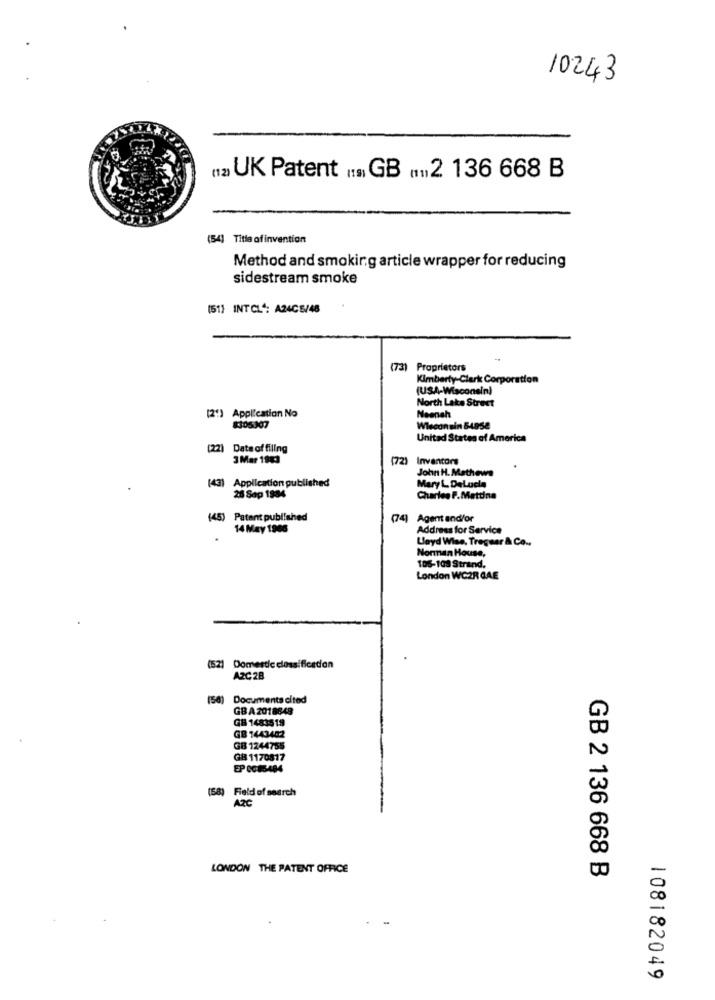
10243
12 UK Patent .... GB 12 136 668 B
(54) Title ofinvention
Method and smoking article wrapper for reducing
sidestream smoke
(51) INTCL": A24C5/48
(73)
Proprietors
Kimberly-Clark Corporation
(USA-Wisconsin)
North Lake Street
[2") Application No
Neenah
8305307
Wisconsin B4958
United States of America
(22) Date of filing
3 Mar 1983
(72)
Inventors
John H. Mathews
Mary L DeLucia
(43) Application published
26 Sap 1984
Charles F.Mattina
(45) Patent published
(74]
Agent and/or
14 May 1986
Address for Service
Lloyd Wise, Treguar & Co ..
Norman House,
106-103 Strand.
London WC2R QAE
(5.2)
Domestic classificadon
A2C 28
(58)
Documents cited
GBA 2018848
GB 1483519
GB 1443482
GB 1244755
GB 1170817
EP 0085484
(58) Field of search
AzC
LONDON THE PATENT OFFICE
GB 2 136 668 B
108182049